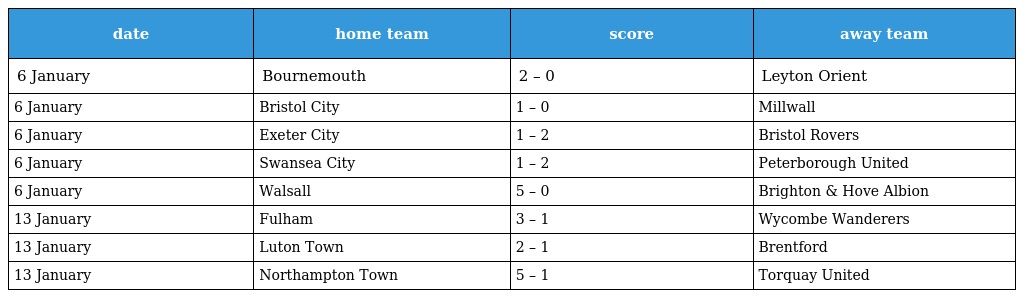
| date | home team | score | away team |
 | --- | --- | --- | --- |
 | 6 January | Bournemouth | 2 – 0 | Leyton Orient |
 | 6 January | Bristol City | 1 – 0 | Millwall |
 | 6 January | Exeter City | 1 – 2 | Bristol Rovers |
 | 6 January | Swansea City | 1 – 2 | Peterborough United |
 | 6 January | Walsall | 5 – 0 | Brighton & Hove Albion |
 | 13 January | Fulham | 3 – 1 | Wycombe Wanderers |
 | 13 January | Luton Town | 2 – 1 | Brentford |
 | 13 January | Northampton Town | 5 – 1 | Torquay United |